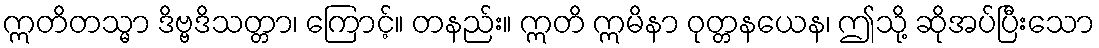
ဣတိတသ္မာ ဒိဗ္ဗဒိသတ္တာ၊ ကြောင့်။ တနည်း။ ဣတိ ဣမိနာ ဝုတ္တနယေန၊ ဤသို့ ဆိုအပ်ပြီးသော